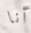
أنا